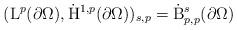
LaTeX: \begin{align*} (\mathrm{L}^p(\partial\Omega),\dot{\mathrm{H}}^{1,p}(\partial\Omega))_{s,p} = \dot{\mathrm{B}}^{s}_{p,p}(\partial\Omega)\end{align*}